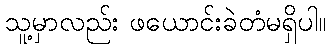
သူ့မှာလည်း ဖယောင်းခဲတံမရှိပါ။